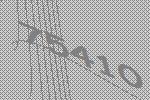
75410